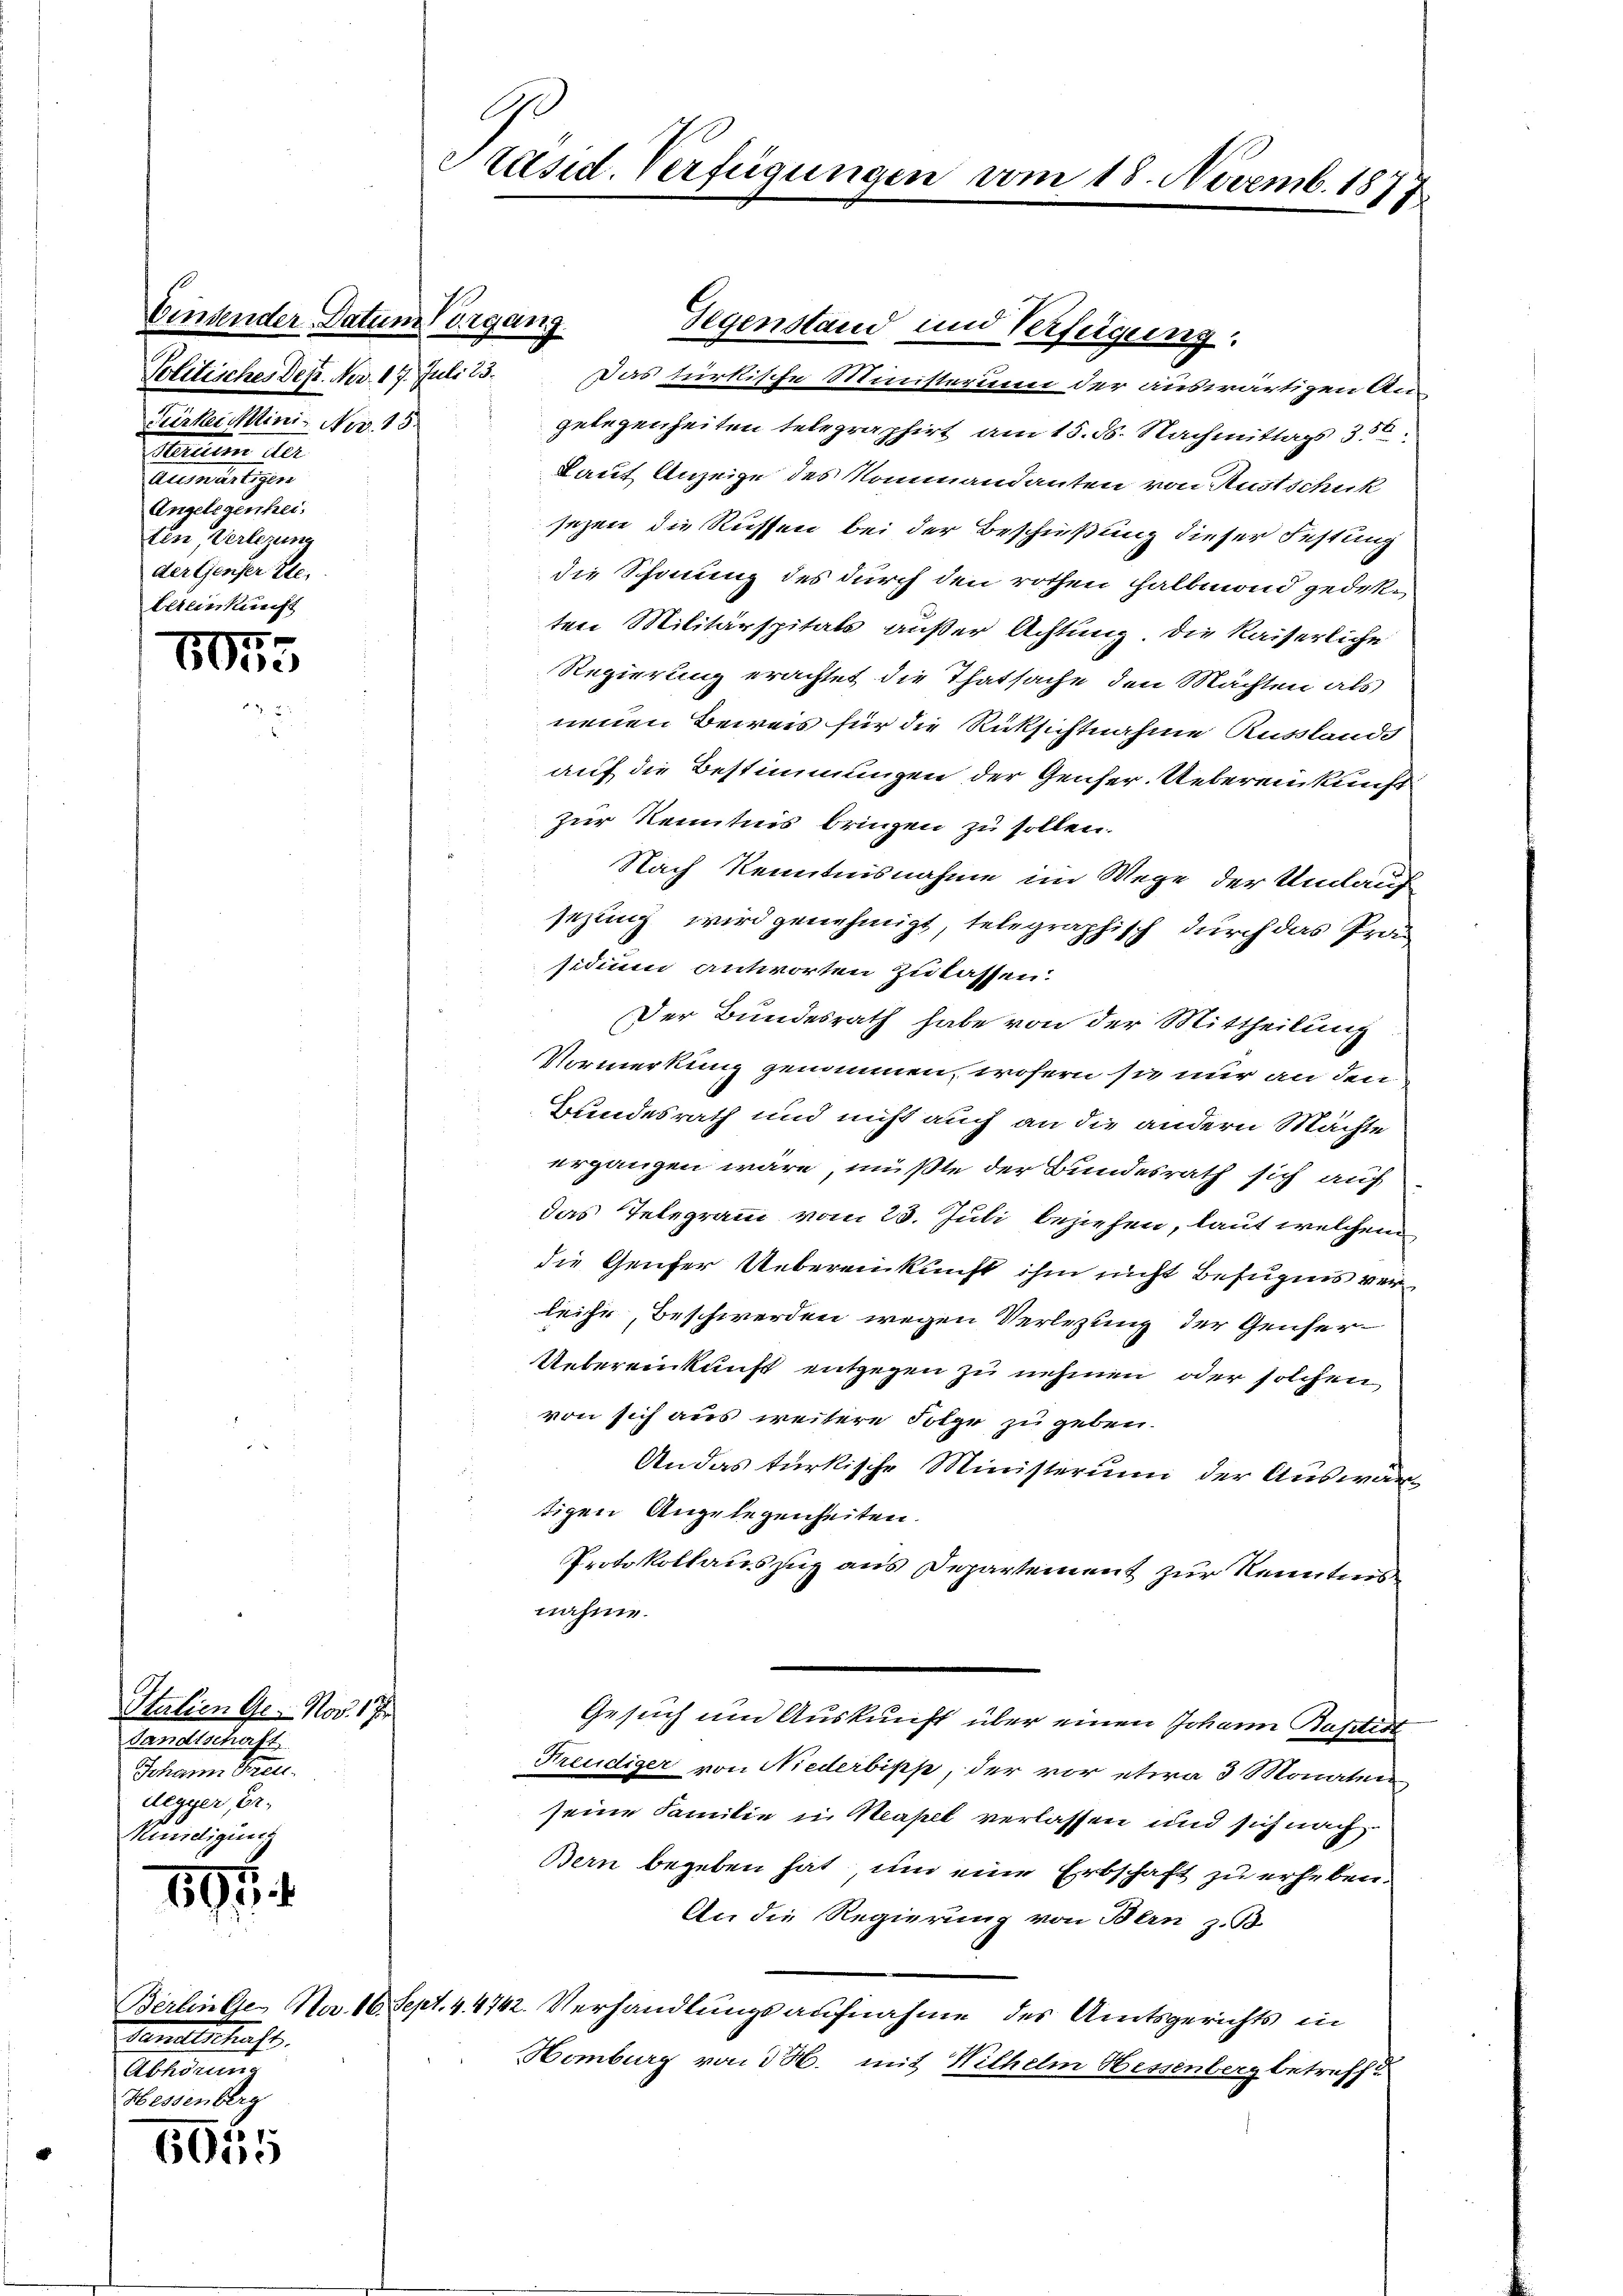
binsender Datum Vorgang
Politisches Dez. Nov. 17. Juli 23.
Ferker Mini- Nov. 15.
Mattin der
Auswärtigen
Angelegenhei
ten, Verlegung
der Genser Ele
Eiteinkunft

801

Italien Ges. Nov. 17
dasellschaft
Johann Freu
Legger, Er-
Mundigung

19

6055

Präsid. Verfügungen

Ganellschaft.
Abhörun
Hessenberg

Das türkische Ministerum der auswärtigen Augelegenheiten telegraphirt am 15. d. Nachmittags 356.
Laut Anzeige des Kommandanten von Austschuk
sezen die Rüssen bei der Beschießung dieser Festung
die Schonung des durch den rothen halbmond gedekten Militärspitals außer Achtung. Die Kaiserliche
Regierung erachtet die Thatsache den Mächten als
neuen Beweis für die Rüksichtnahme Auslands
auf die Bestimmungen der Genfer. Uebereinkunftzur Kenntnis bringen zu sollen.
Nach Kenntnisnahme im Wege der Umlauf
sezung wird genehmigt, telegraphisch durch das Prosidium antworten Zulassen.
Der Bundesrath habe von der Mittheilung
Vormerkung genommen, wofern sie nur an den
Bundesrath und nicht auch an die andern Mächte
ergangen wäre, müßte der Bundesrath sich auf
das Telegramm vom 23. Juli beziehen, laut welchem
die Genfer Uebereinkunft ihm nicht Befugnis verleihe, Beschwerden wegen Verlegung der Genfer¬
Uebereinkunft entgegen zu nehmen, oder solchen
von sich aus weitere Folge zu geben.
An das türkische Ministerum der Auswartigen Angelegenheiten.
Protokollauszug aus Departement zur Kenntnis
nahme.
Gesuch um Auskunft über einen Johann Baptist
Freudiger von Niederbipp, der vor etwa 3 Monaten
seine Familie in Neapel verlassen und sich nach
Bern begeben hat, um eine Erbschaft zu erheben.
An die Regierung von Bern z. B.
Berlinie Nov. 16. Sept. 44742. Verhandlungsaufnahme des Amtsgerichts in
Homburg von 3 H. mit Wilhelm Hessenberg betreff

vom 18. Novemb. 1877.

Gegenstand und Verfügung